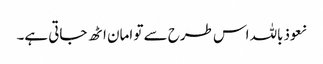
نعوذباللہ اس طرح سے تو امان اٹھ جاتی ہے۔